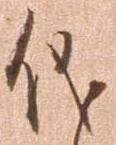
儀